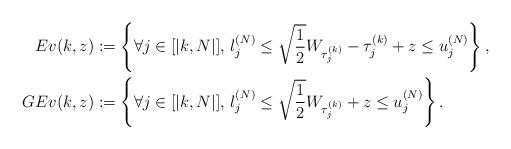
LaTeX: \begin{align*}Ev(k,z)&:= \left\{ \forall j\in [|k, N |] ,\, l_j^{(N)} \leq \sqrt{\frac{1}{2}}W_{\tau_j^{(k)}}- \tau^{(k)}_j +z\leq u_j^{(N)} \right\},\\GEv(k,z)&:= \left\{ \forall j\in [|k, N |] ,\, l_j^{(N)} \leq \sqrt{\frac{1}{2}}W_{\tau_j^{(k)}} +z \leq u_j^{(N)} \right\}.\end{align*}